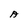
Character: A